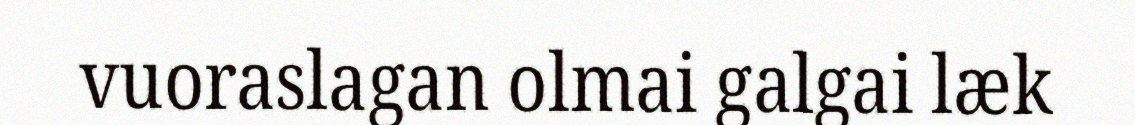
vuoraslagan olmai galgai læk